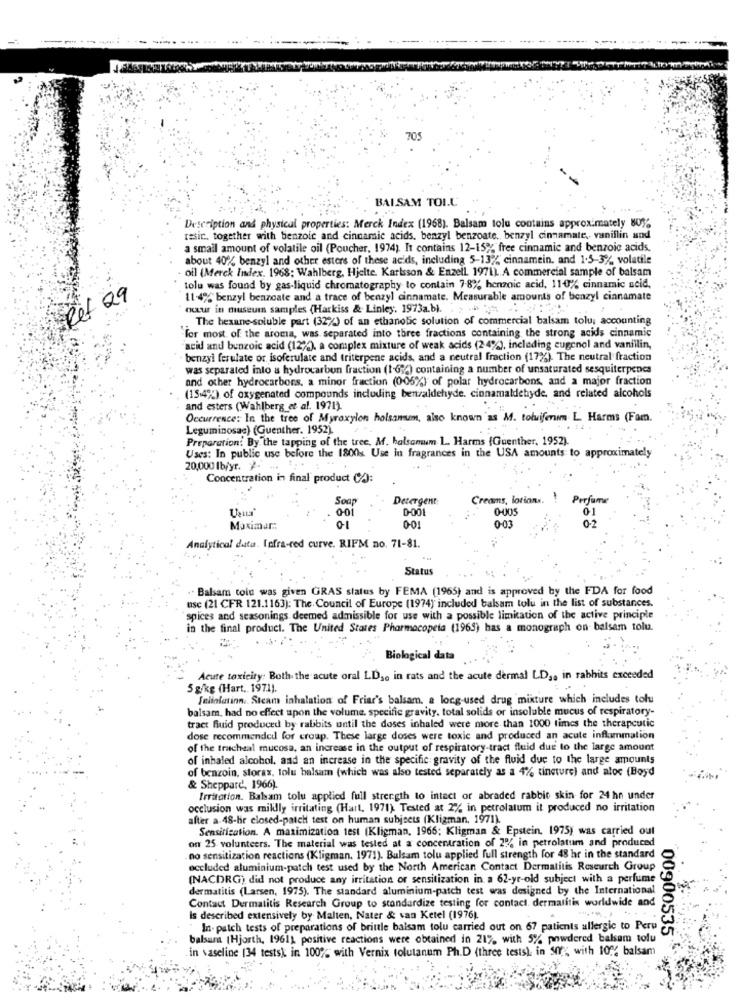
-------
705
BALSAM TOIL
Description and physical properties: Merck Index (1968). Balsam tolu contains approximately 80%
resir, together with benzoic and cinnamic acids, benzyl benzoate ., benzyl cinnamate, vanillin and
a small amount of volatile oil (Poucher, 1974). It contains 12-15% free cinnamic and benzoic acids.
about 40% benzyl and other esters of these acids, including 5-13%' cinnamein, and 1.5-3%, volatile
oil (Merck Index. 1968; Wahlberg, Hjelte. Karlsson & Enzell. 1971).A commercial sample of balsam
tolu was found by gas-liquid chromatography to contain 7-8% benzoic acid, 110% cinnamic acid,
7 Ret 29
11-49% benzyl benzoate and a trace of benzyl cinnamate. Measurable amounts of benzyl cinnamate
occur in museum samples (Harkiss & Linley, 1973a.b).
The hexane-soluble part (32%) of an ethanolic solution of commercial balsam tolu; accounting
for most of the aroma, was separated into three fractions containing the strong acids cinnamic
acid and benzoic acid (12%), a complex mixture of weak acids (2-4%), including eugenol and vanillin,
benzyl ferulate or isoferulate and triterpene acids, and a neutral fraction (172%). The neutral fraction
was separated into a hydrocarbon fraction (1-6%) containing a number of unsaturated sesquiterpenes
and other hydrocarbons, a minor fraction (005%) of polar hydrocarbons, and a major fraction
(13-4%) of oxygenated compounds including benzaldehyde. cinnamaldehyde, and related alcohols
and esters (Wahlberg et al. 1971).
Occurrence: In the tree of Myroxylon holsansem, also known as M. toluifermm L. Harms (Fam.
Leguminosas) (Guenther. 1952).
Preparation: By the tapping of the tree. M. balsamum 1 .. Harms (Guenther, 1952).
Uses: In public use before the 1800s Use in fragrances in the USA amounts to approximately
20,000 lb/yr. )-
Concentration in final product CA:
Soap
Detergent:
Creams, lotions. ! Perfume
0-0
0-005
01
0-03
Maximar:
0-1
Analytical data. Infra-red curve. RIFM no. 71-81.
Status
Balsam toin was given GRAS status by FEMA (1965) and is approved by the FDA for food
usc (21 CFR 121.1163): The Council of Europe (1974) included balsam tolu in the list of substances.
spices and seasonings deemed admissible for use with a possible limitation of the active principle
in the final product. The United States Pharmacopeta (1965) has a monograph on balsam tolu.
Biological
Acute toxicity: Both the acute oral LD .. in rats and the acute dermal LD ,, in rabbits exceeded
5 g/kg (Hart. 1971).
felinlatinn. Sicam inhalation of Friar's balsam, a long-used drug mixture which includes tolu
balsam, had no effect upon the volume. specific gravity. total solids or insoluble mucus of respiratory-
tract fluid produced by rabbits until the doses inhaled were more than 1000 times the therapeutic
dose recommended for croup. These large doses were toxic and produced an acute inflammation
of the trachsal mucosa, an increase in the output of respiratory tract fluid due to the large amount
of inhaled alcohol, and an increase in the specific gravity of the fluid due to the large amounts
of benzoin, storax, tolu balsam (which was also tested separately as a 4% tincture) and aloc (Boyd
& Sheppard, 1966).
Irritation. Balsam tolu applied full strength to intact or abraded rabbit skin for 24 hn under
occlusion was mikly irritating (Hart, 1971) Tested at 2% in petrolatum it produced no irritation
after a. 48-hir closed-patch test on human subjects (Kligman, 1971).
Sensitization. A maximization test (Kligman, 1966; Kligman & Epstein. 1975) was carried out
on 25 volunteers. The material was tested at a concentration of 2% in petrolatum and produced
no sensitization reactions (Kligman. 1971). Bulsam tolu applied full strength for 48 hr in the standard
occluded aluminium-patch test used by the North American Contact Dermatitis Research Group
(NACDRG) did not produce any irritation or sensitization in a 62-yr-old subject with a perfume
dermatitis (Larsen, 1975). The standard aluminium-patch test was designed by the International
Contact Dermatitis Research Group to standardize testing for contact dermatitis worldwide and
Is described extensively by Malten, Nater & san Ketel (1976).
In. patch tests of preparations of brittle balsam tolu carried out on 67 patients allergic to Peru
balsam (Hjorth, 1961) positive reactions were obtained in 21%, with 5% powdered balsam tofu
00900535
in vaseline [34 tests) in 100% with Vernix tolutanum Ph.D (three tests). in SY", with 10% balsam